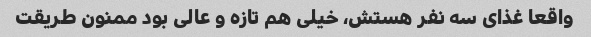
واقعا غذای سه نفر هستش، خیلی هم تازه و عالی بود ممنون طریقت